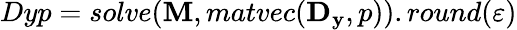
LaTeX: Dyp=solve(\mathbf{M},matvec(\mathbf{D_{y}},p)).round(\varepsilon)